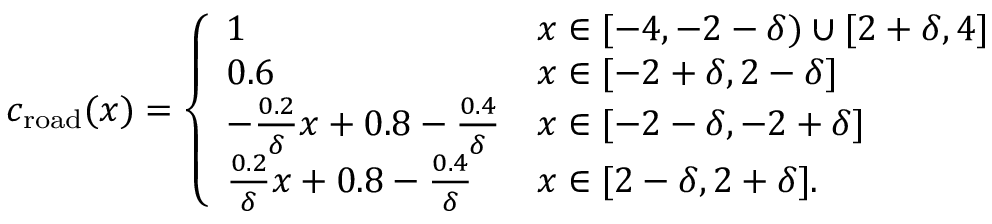
\begin{array} { r } { c _ { \mathrm { r o a d } } ( x ) = \left\{ \begin{array} { l l } { 1 } & { x \in [ - 4 , - 2 - \delta ) \cup [ 2 + \delta , 4 ] } \\ { 0 . 6 } & { x \in [ - 2 + \delta , 2 - \delta ] } \\ { - \frac { 0 . 2 } { \delta } x + 0 . 8 - \frac { 0 . 4 } { \delta } } & { x \in [ - 2 - \delta , - 2 + \delta ] } \\ { \frac { 0 . 2 } { \delta } x + 0 . 8 - \frac { 0 . 4 } { \delta } } & { x \in [ 2 - \delta , 2 + \delta ] . } \end{array} \right. } \end{array}